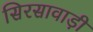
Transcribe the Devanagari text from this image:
सिरसावाड़ी